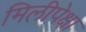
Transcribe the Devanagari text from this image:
मिलीपेक्षा